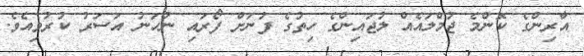
އާރިންގެ ކޮންމެ ޖުމްލައެއް ލުޖައިންގެ ހިތުގެ ފުނަށް ފޯރައި ނުހަނު އަސަރު ކުރުވިއެވެ.